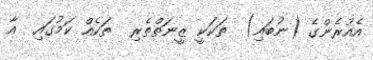
އެއުރެންގެ (ނުބައި)  ތަކަކީ ޒީނަތްތެރި  ތަކެއް ކަމުގައި  އާ